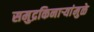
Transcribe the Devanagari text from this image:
समुद्रकिनार्‍यांमुळे